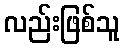
လည်းဖြစ်သူ